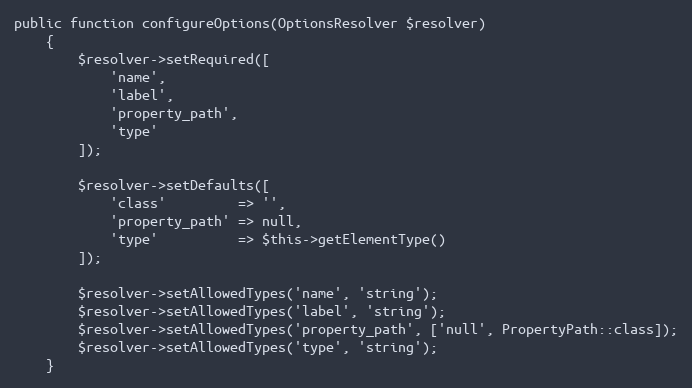
Language: PHP
public function configureOptions(OptionsResolver $resolver)
    {
        $resolver->setRequired([
            'name',
            'label',
            'property_path',
            'type'
        ]);

        $resolver->setDefaults([
            'class'         => '',
            'property_path' => null,
            'type'          => $this->getElementType()
        ]);

        $resolver->setAllowedTypes('name', 'string');
        $resolver->setAllowedTypes('label', 'string');
        $resolver->setAllowedTypes('property_path', ['null', PropertyPath::class]);
        $resolver->setAllowedTypes('type', 'string');
    }